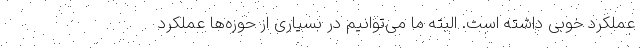
عملکرد خوبی داشته است. البته ما می‌توانیم در بسیاری از حوزه‌ها عملکرد